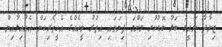
ޒިޔާދާ ނައީމު ބަލާ ބޮޑުކުރި މަންމަ ފިޔަވައި އިތުރު މީހެއްގެ އެހީތެރިކަން އެއާއިލާއިން